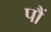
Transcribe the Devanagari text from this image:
पौं